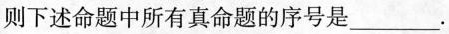
则下述命题中所有真命题的序号是___.